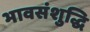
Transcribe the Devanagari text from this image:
भावसंशुद्धि